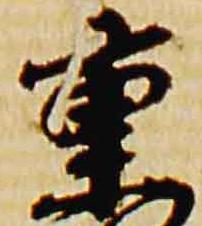
重